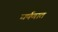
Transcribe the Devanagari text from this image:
घर्षणात